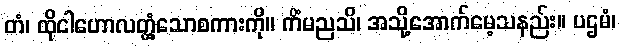
တံ၊ ထိုငါဟောလတ္တံ့သောစကားကို။ ကိံမညသိ၊ အသို့အောက်မေ့သနည်း။ ပဌမံ၊